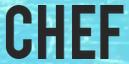
CHEF